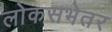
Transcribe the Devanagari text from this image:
लोकसभेतर